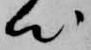
心